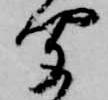
聞